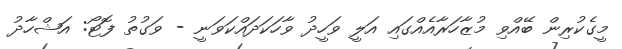
މީގެކުރިން ބޭއްވި މުޒާހަރާއެއްގައި އަލީ ވަހީދު ވާހަކަދައްކަވަނީ - ވަގުތު ފޮޓޯ: އަޝްހާދު